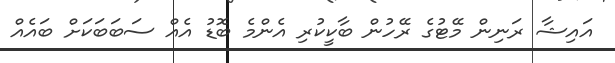
އައިޝާ ރަނިން މޭޓުގެ ރޭހުން ބާކީކުރި އެންމެ ބޮޑު އެއް ސަބަބަކަށް ބައެއް